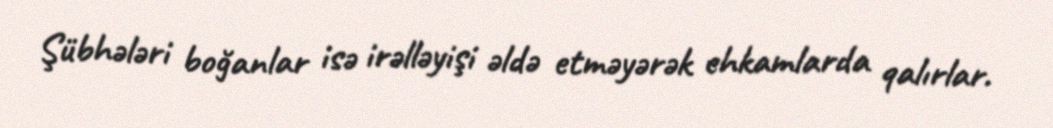
Şübhələri boğanlar isə irəlləyişi əldə etməyərək ehkamlarda qalırlar.